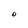
Character: O